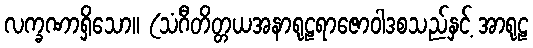
လက္ခဏာရှိသော။ (သံဂီတိတ္တယအနာရုဠရာဇောဝါဒစသည်နှင့် အာရုဠ